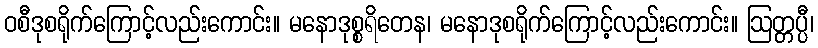
ဝစီဒုစရိုက်ကြောင့်လည်းကောင်း။ မနောဒုစ္စရိတေန၊ မနောဒုစရိုက်ကြောင့်လည်းကောင်း။ ဩတ္တပ္ပီ၊